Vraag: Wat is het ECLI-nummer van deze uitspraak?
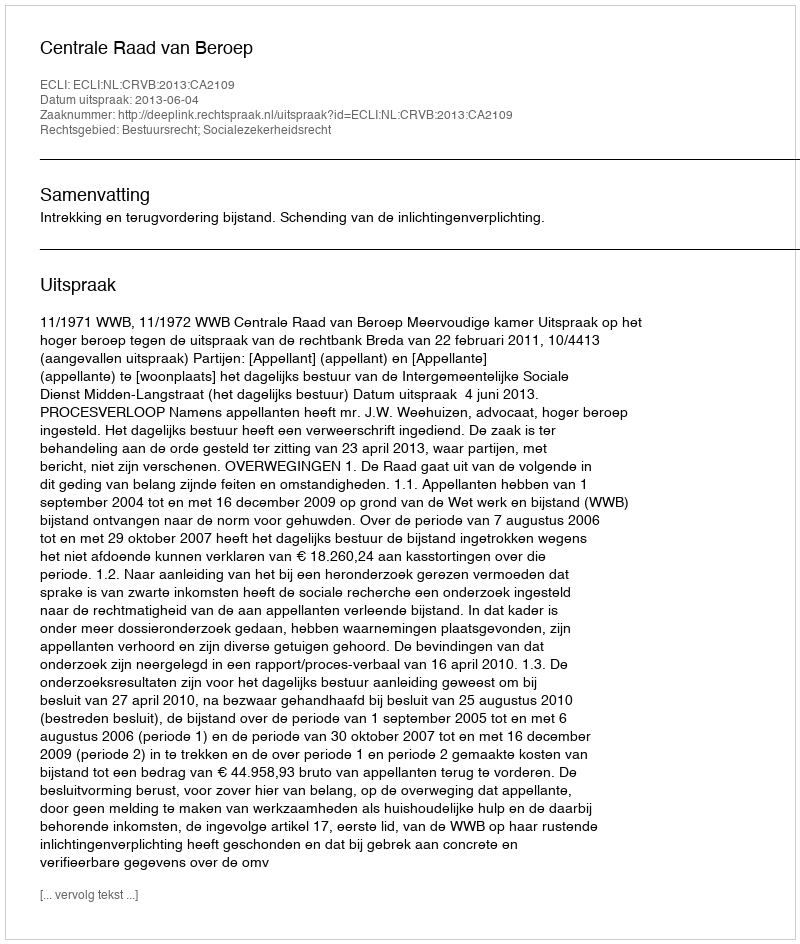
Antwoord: ECLI:NL:CRVB:2013:CA2109